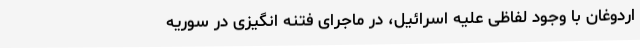
اردوغان با وجود لفاظی علیه اسرائیل، در ماجرای فتنه انگیزی در سوریه